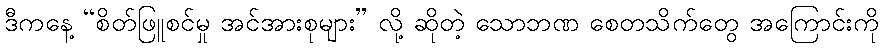
ဒီကနေ့ “စိတ်ဖြူစင်မှု အင်အားစုများ” လို့ ဆိုတဲ့ သောဘဏ စေတသိက်တွေ အကြောင်းကို